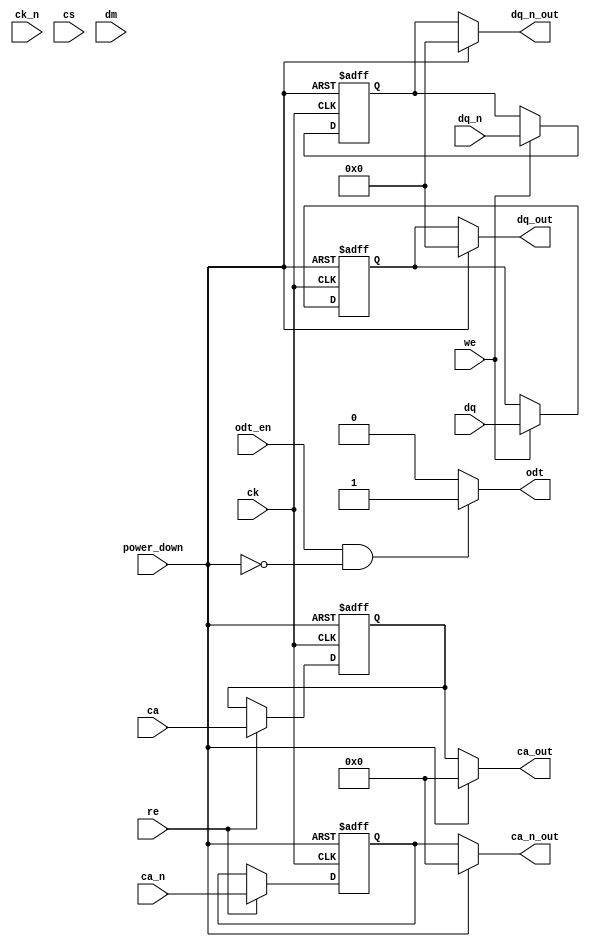
module lpddr4_io_block (
    // Differential Data Lines
    input wire [15:0] dq,       // Data Lines
    input wire [15:0] dq_n,     // Complementary Data Lines
    // Command/Address Lines
    input wire [3:0] ca,        // Command/Address Lines
    input wire [3:0] ca_n,      // Complementary Command/Address Lines
    // Clock Signals
    input wire ck,              // Clock
    input wire ck_n,            // Complementary Clock
    // Control Signals
    input wire cs,              // Chip Select
    input wire we,              // Write Enable
    input wire re,              // Read Enable
    input wire [1:0] dm,        // Data Mask
    // Power Management Signals
    input wire odt_en,          // On-Die Termination Enable
    output wire odt,            // On-Die Termination
    input wire power_down,      // Power Down Control
    // Timing Control Signals
    output wire [15:0] dq_out,  // Output Data Lines
    output wire [15:0] dq_n_out, // Output Complementary Data Lines
    output wire [3:0] ca_out,   // Output Command/Address Lines
    output wire [3:0] ca_n_out   // Output Complementary Command/Address Lines
);

// Parameters
parameter VDD = 1.1; // I/O Voltage Level
parameter ODT_ON = 1'b1; // ODT Enable
parameter ODT_OFF = 1'b0; // ODT Disable

// Internal Signals
reg [15:0] dq_int;
reg [15:0] dq_n_int;
reg [3:0] ca_int;
reg [3:0] ca_n_int;
reg power_state;

// On-Die Termination Control
assign odt = (odt_en && !power_down) ? ODT_ON : ODT_OFF;

// Output Data and Command/Address Lines
assign dq_out = (power_down) ? 16'b0 : dq_int;
assign dq_n_out = (power_down) ? 16'b0 : dq_n_int;
assign ca_out = (power_down) ? 4'b0 : ca_int;
assign ca_n_out = (power_down) ? 4'b0 : ca_n_int;

// Capture Data on Rising Edge of Clock
always @(posedge ck or posedge power_down) begin
    if (power_down) begin
        dq_int <= 16'b0;
        dq_n_int <= 16'b0;
        ca_int <= 4'b0;
        ca_n_int <= 4'b0;
        power_state <= 1'b0;
    end else begin
        if (we) begin
            dq_int <= dq;        // Capture data during write
            dq_n_int <= dq_n;    // Capture complementary data
        end
        if (re) begin
            ca_int <= ca;        // Capture command/address during read
            ca_n_int <= ca_n;    // Capture complementary command/address
        end
        power_state <= 1'b1;      // Active state
    end
end

endmodule